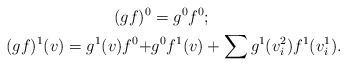
\begin{align*}(gf)^{0} &= g^0f^0;\\(gf)^{1}(v) = g^1(v)f^0 +&g^0f^1(v)+\sum g^1(v_i^2)f^1(v_i^1).\end{align*}